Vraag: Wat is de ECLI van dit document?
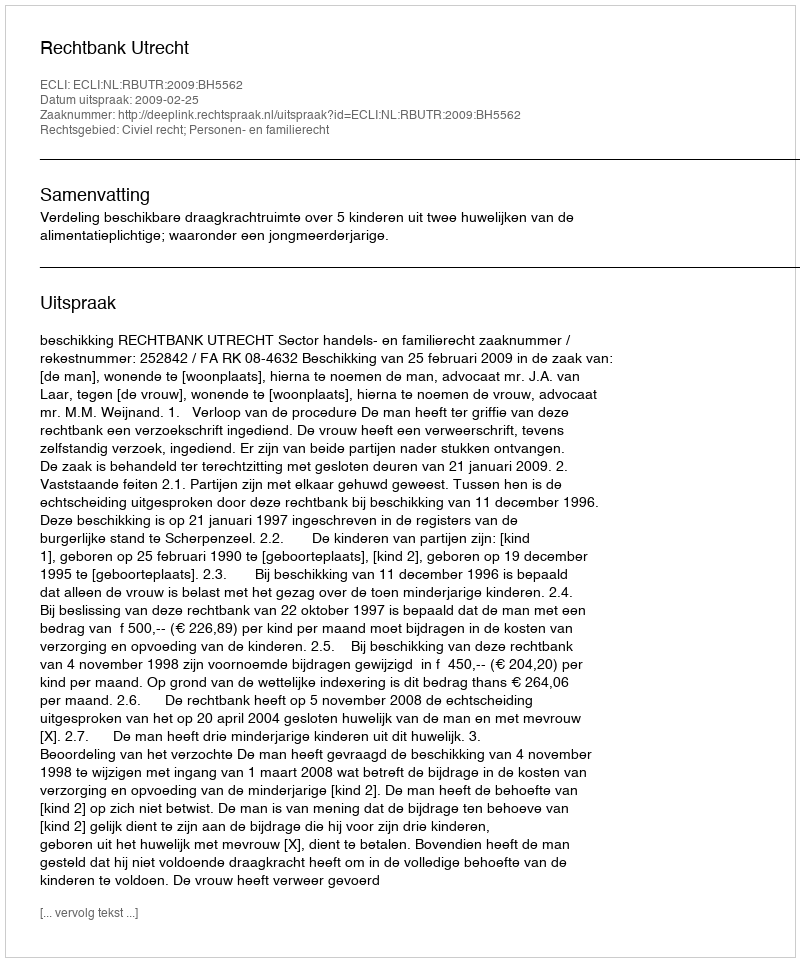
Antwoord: ECLI:NL:RBUTR:2009:BH5562